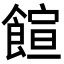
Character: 𩝑